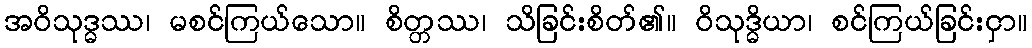
အဝိသုဒ္ဓဿ၊ မစင်ကြယ်သော။ စိတ္တဿ၊ သိခြင်းစိတ်၏။ ဝိသုဒ္ဓိယာ၊ စင်ကြယ်ခြင်းငှာ။